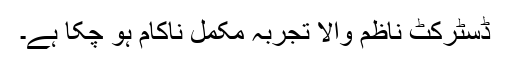
ڈسٹرکٹ ناظم والا تجربہ مکمل ناکام ہو چکا ہے۔